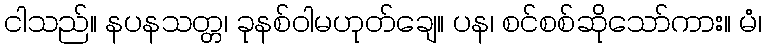
ငါသည်။ နပနသတ္တ၊ ခုနစ်ဝါမဟုတ်ချေ။ ပန၊ စင်စစ်ဆိုသော်ကား။ မံ၊